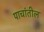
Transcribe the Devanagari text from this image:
पाचांतील